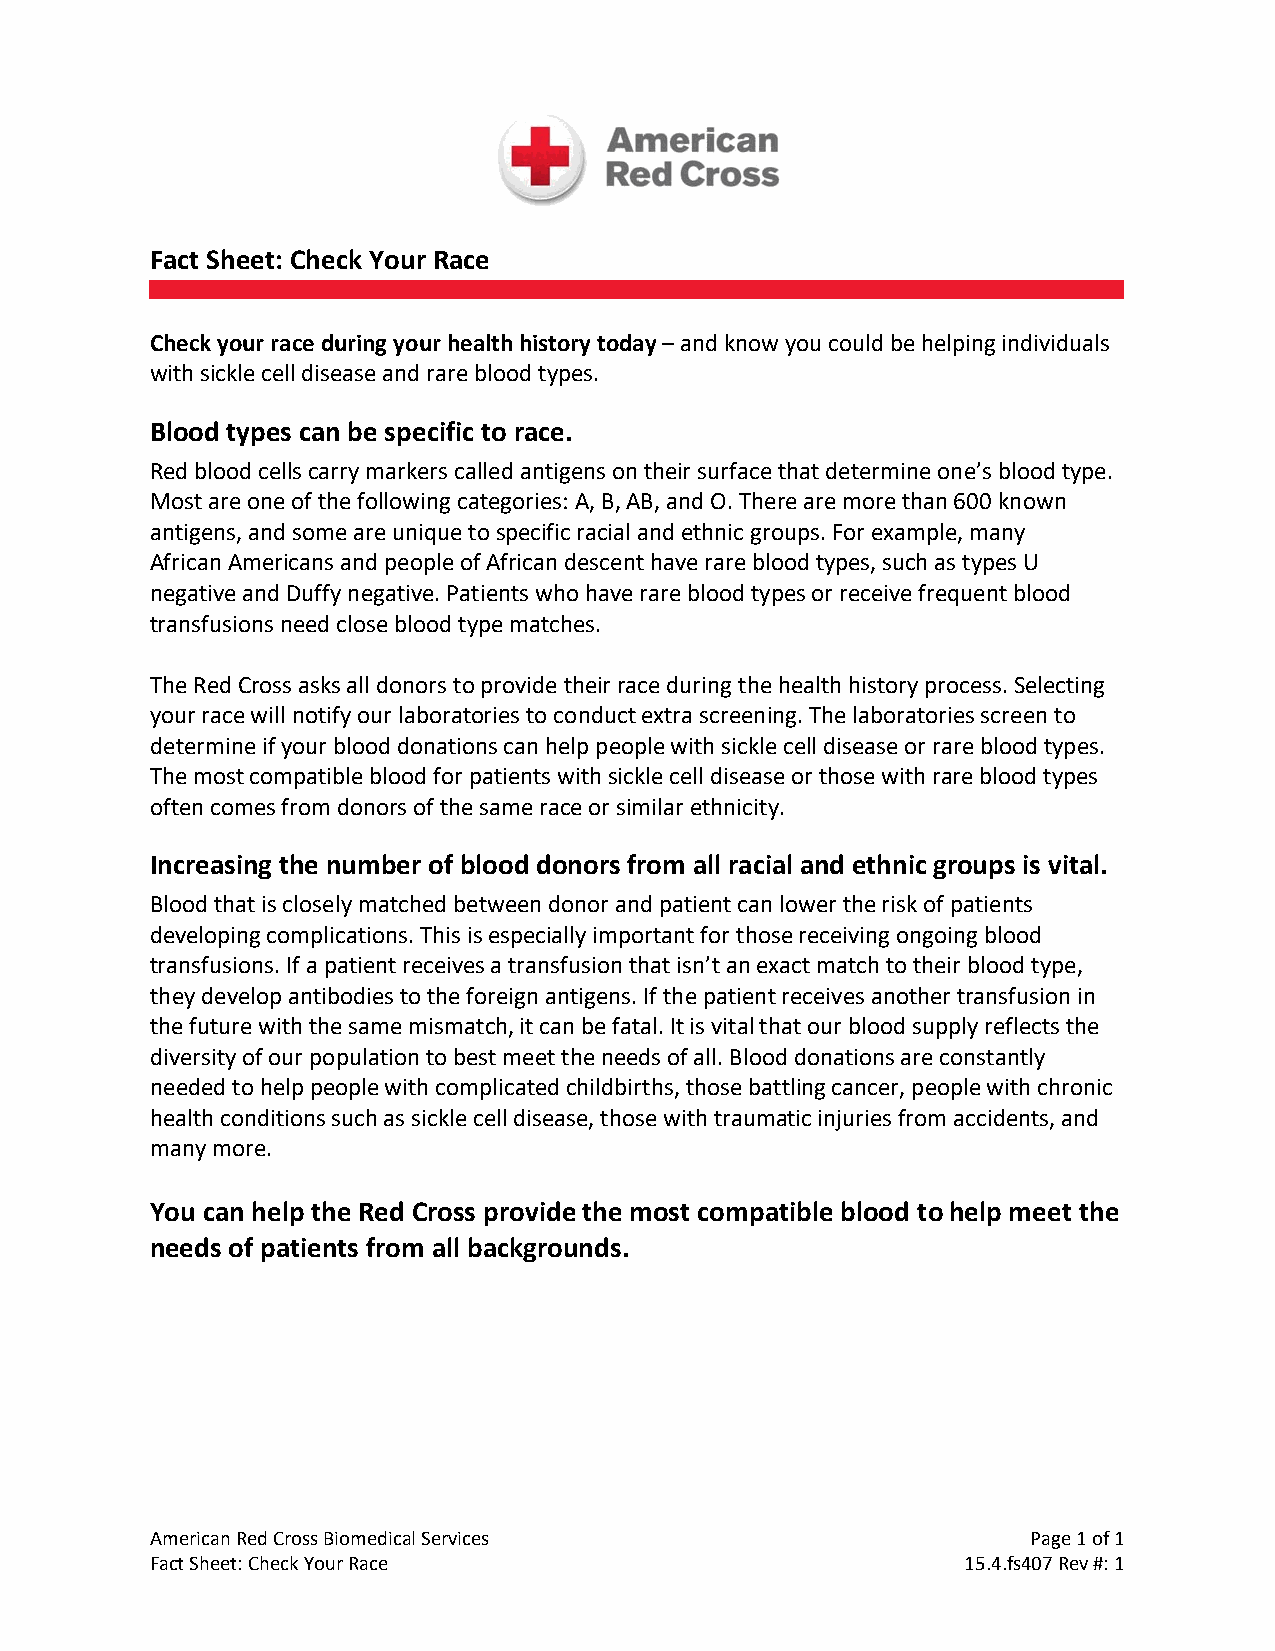
Fact Sheet: Check Your Race
 Check your race during your health history today – and know you could be helping individuals
 with sickle cell disease and rare blood types.
 Blood types can be specific to race.
 Red blood cells carry markers called antigens on their surface that determine one’s blood type.
 Most are one of the following categories: A, B, AB, and O. There are more than 600 known
 antigens, and some are unique to specific racial and ethnic groups. For example, many
 African Americans and people of African descent have rare blood types, such as types U
 negative and Duffy negative. Patients who have rare blood types or receive frequent blood
 transfusions need close blood type matches.
 The Red Cross asks all donors to provide their race during the health history process. Selecting
 your race will notify our laboratories to conduct extra screening. The laboratories screen to
 determine if your blood donations can help people with sickle cell disease or rare blood types.
 The most compatible blood for patients with sickle cell disease or those with rare blood types
 often comes from donors of the same race or similar ethnicity.
 Increasing the number of blood donors from all racial and ethnic groups is vital.
 Blood that is closely matched between donor and patient can lower the risk of patients
 developing complications. This is especially important for those receiving ongoing blood
 transfusions. If a patient receives a transfusion that isn’t an exact match to their blood type,
 they develop antibodies to the foreign antigens. If the patient receives another transfusion in
 the future with the same mismatch, it can be fatal. It is vital that our blood supply reflects the
 diversity of our population to best meet the needs of all. Blood donations are constantly
 needed to help people with complicated childbirths, those battling cancer, people with chronic
 health conditions such as sickle cell disease, those with traumatic injuries from accidents, and
 many more.
 You can help the Red Cross provide the most compatible blood to help meet the
 needs of patients from all backgrounds.
 American Red Cross Biomedical Services                    Page 1 of 1
 Fact Sheet: Check Your Race                           15.4.fs407 Rev #: 1